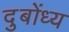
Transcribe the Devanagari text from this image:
दुबोंध्य